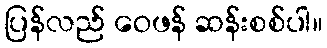
ပြန်လည် ဝေဖန် ဆန်းစစ်ပါ။